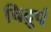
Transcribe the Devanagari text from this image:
चिद्रूपं